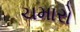
ચમારો